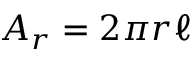
A _ { r } = 2 \pi r \ell